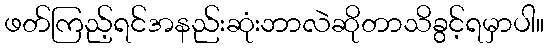
ဖတ်ကြည့်ရင်အနည်းဆုံးဘာလဲဆိုတာသိခွင့်ရမှာပါ။